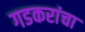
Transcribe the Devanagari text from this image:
गडकरांचा